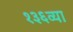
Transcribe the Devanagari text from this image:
१३६व्या